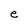
Character: a